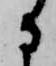
に